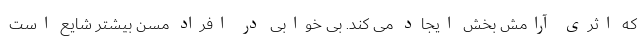
که اثری آرامش بخش ایجاد می کند. بی خوابی در افراد مسن بیشتر شایع است